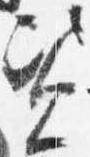
資